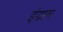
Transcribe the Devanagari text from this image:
इंग्राम